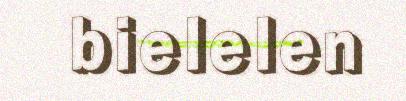
bielelen